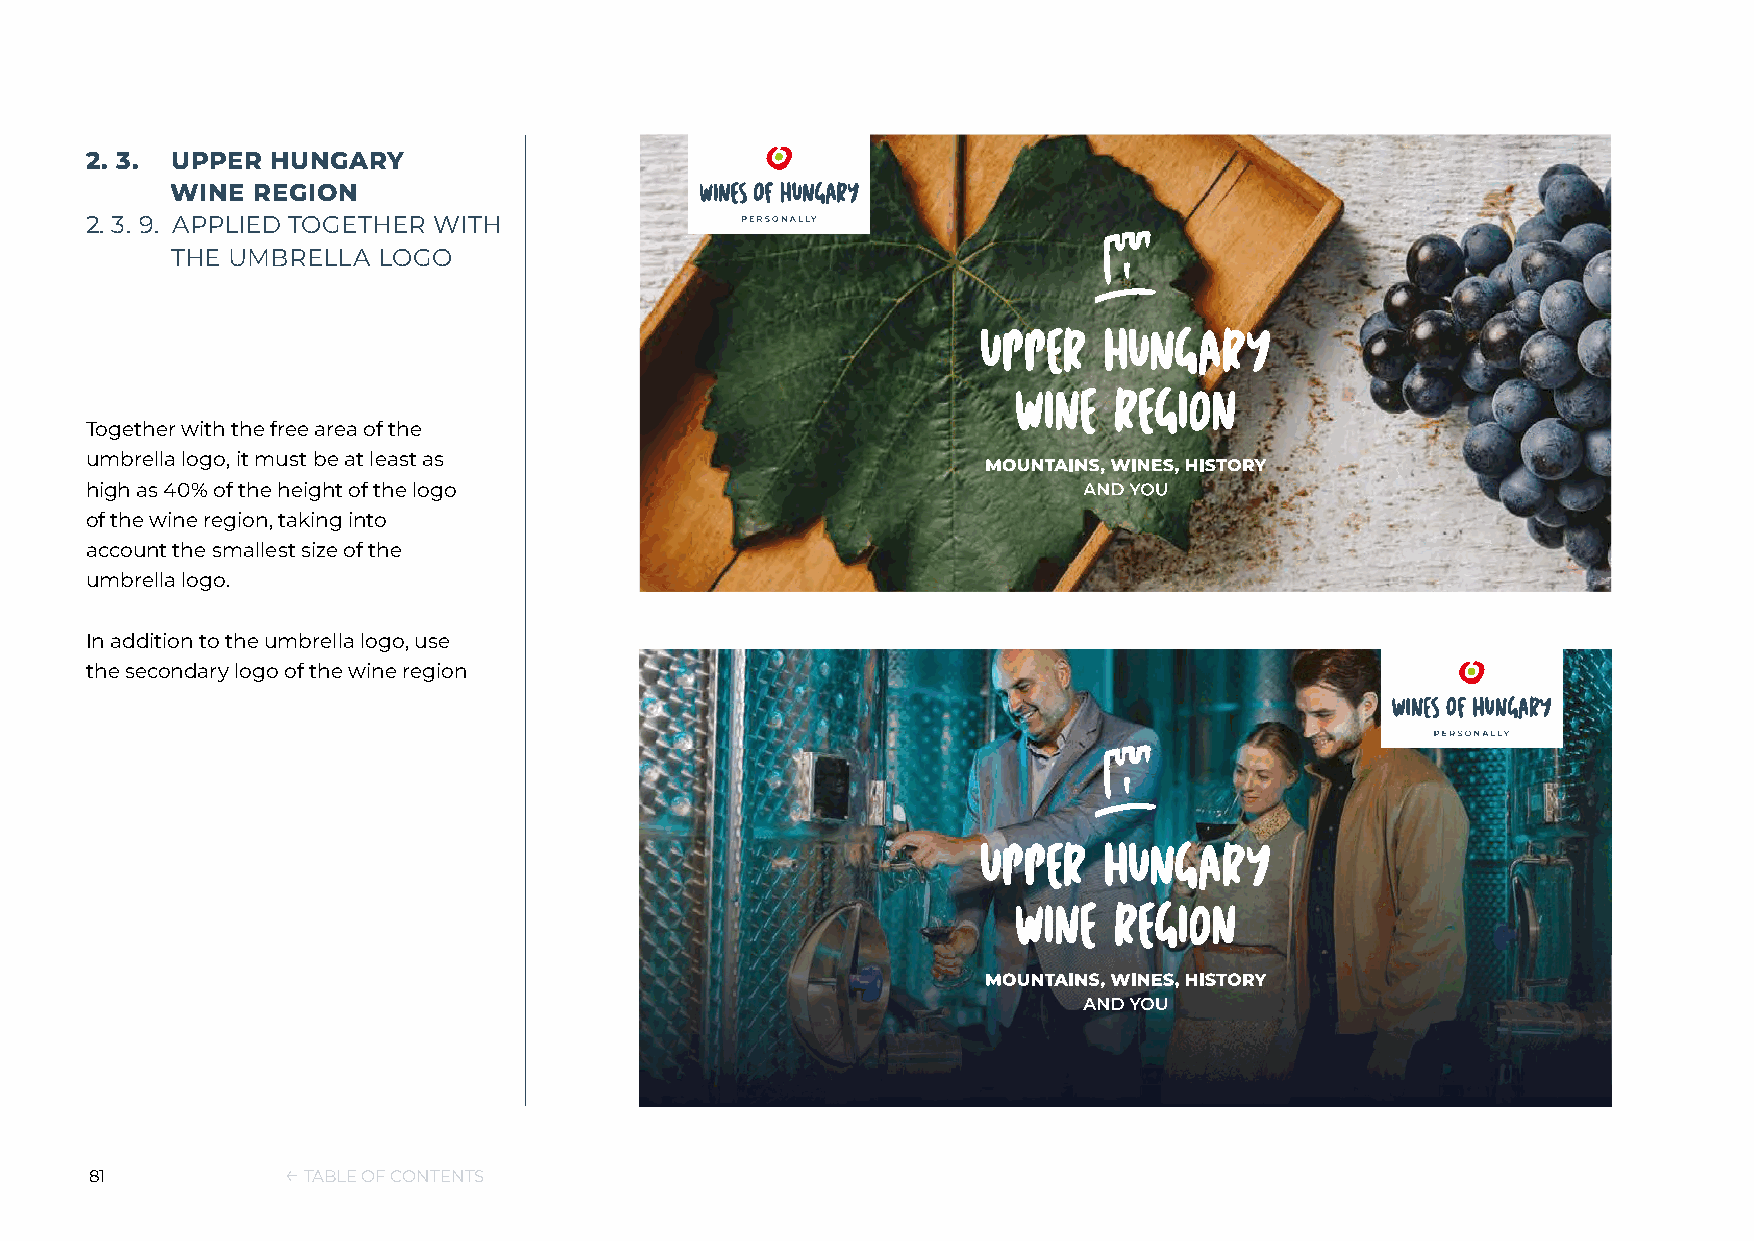
2. 3. UPPER HUNGARY
 WINE  REGION
 2. 3. 9. APPLIED TOGETHER WITH
 THE UMBRELLA  LOGO
 Together with the free area of the
 umbrella logo, it must be at least as
 high as 40% of the height of the logo
 of the wine region, taking into
 account the smallest size of the
 umbrella logo.
 In addition to the umbrella logo, use
 the secondary logo of the wine region
 81           ← TABLE OF CONTENTS